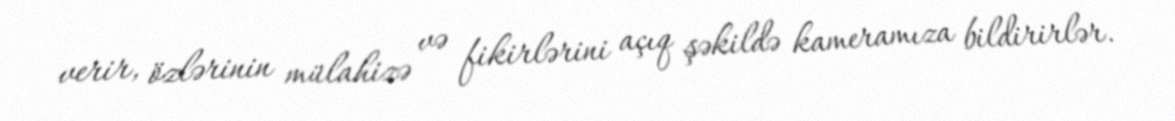
verir, özlərinin mülahizə və fikirlərini açıq şəkildə kameramıza bildirirlər.